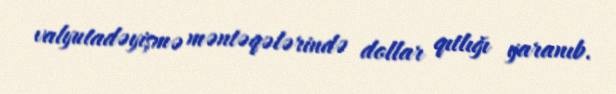
valyutadəyişmə məntəqələrində dollar qıtlığı yaranıb.